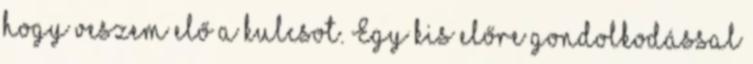
hogy veszem elő a kulcsot. Egy kis előre gondolkodással